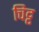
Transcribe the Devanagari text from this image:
चिट्ट